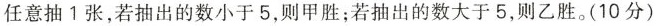
任意抽1张，若抽出的数小于5，则甲胜；若抽出的数大于5，则乙胜。(10分)